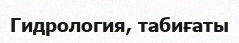
Гидрология, табиғаты